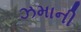
ઝમાની